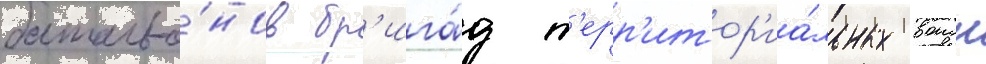
батальо́нов бр'ига́д т'ерр'итор'иа́льных воиск